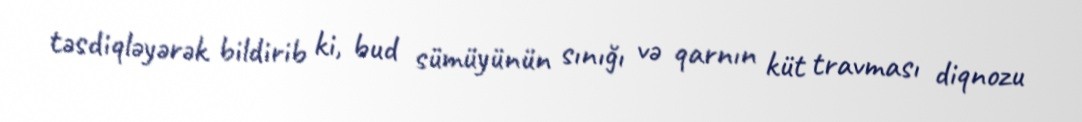
təsdiqləyərək bildirib ki, bud sümüyünün sınığı və qarnın küt travması diqnozu